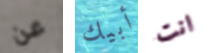
عن أبيك انت